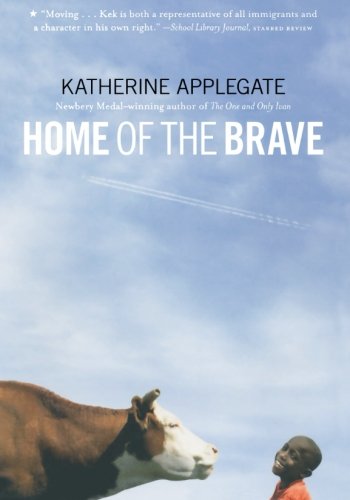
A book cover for Home of the Brave; Katherine Applegate; Children's Books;